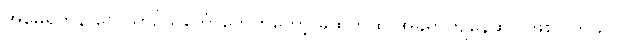
အမေရိကန် လေယာဥ်သင်္ဘောတွေကတော့ ခုထက်ထိ အခရာကျနေဆဲပဲ ဖြစ်ပါတယ်။